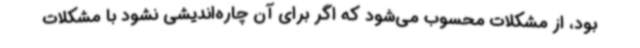
بود، از مشکلات محسوب می‌شود که اگر برای آن چاره‌اندیشی نشود با مشکلات